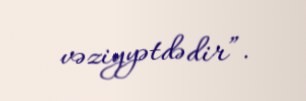
vəziyyətdədir”.